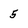
Character: 5